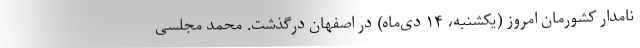
نامدار کشورمان امروز (یکشنبه، ۱۴ دی‌ماه) در اصفهان درگذشت. محمد مجلسی